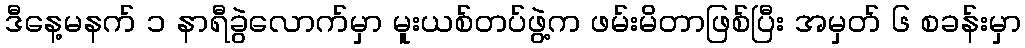
ဒီနေ့မနက် ၁ နာရီခွဲလောက်မှာ မူးယစ်တပ်ဖွဲ့က ဖမ်းမိတာဖြစ်ပြီး အမှတ် ၆ စခန်းမှာ